Sketch of the medical history of the native army of Bombay, for the year
Year: 1876
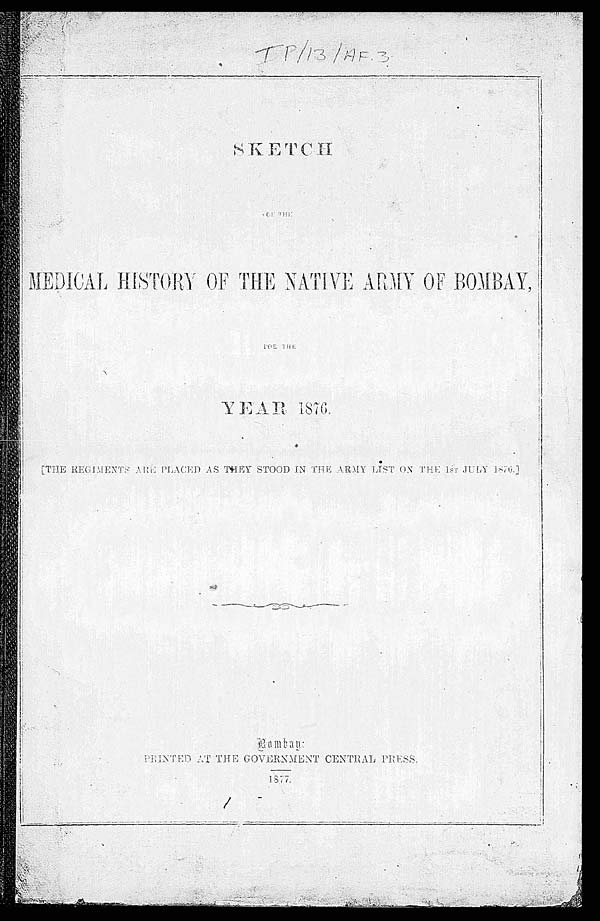
IP/13/AF.3
F O R T H E
MEDICAL HISTORY OF THE NATIVE ARMY OF BOMBAY,
[THE REGIMENTS ARE PLACED AS THEY STOOD IN THE ARMY LIST ON THE 1st JULY 1876.]
B o m b a y .
PRINTED AT THE GOVERNMENT CENTRAL PRESS.